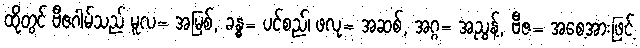
ထိုတွင် ဗီဇဂါမ်သည် မူလ= အမြစ်, ခန္ဓ= ပင်စည်၊ ဖလု= အဆစ်, အဂ္ဂ= အညွန့်, ဗီဇ= အစေ့အားဖြင့်